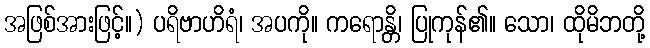
အဖြစ်အားဖြင့်။) ပရိဗာဟိရံ၊ အပကို။ ကရောန္တိ၊ ပြုကုန်၏။ သော၊ ထိုမိဘတို့